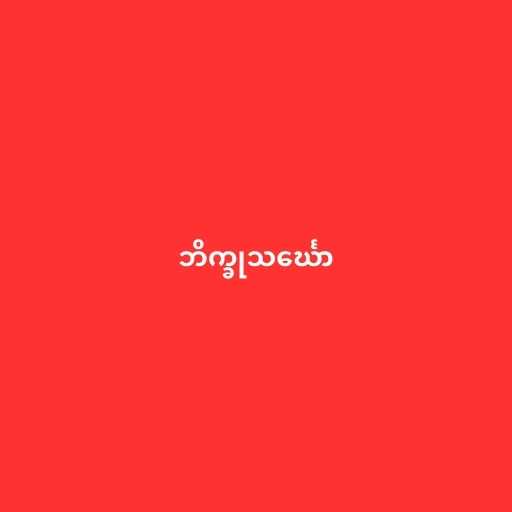
ဘိက္ခုသင်္ဃော